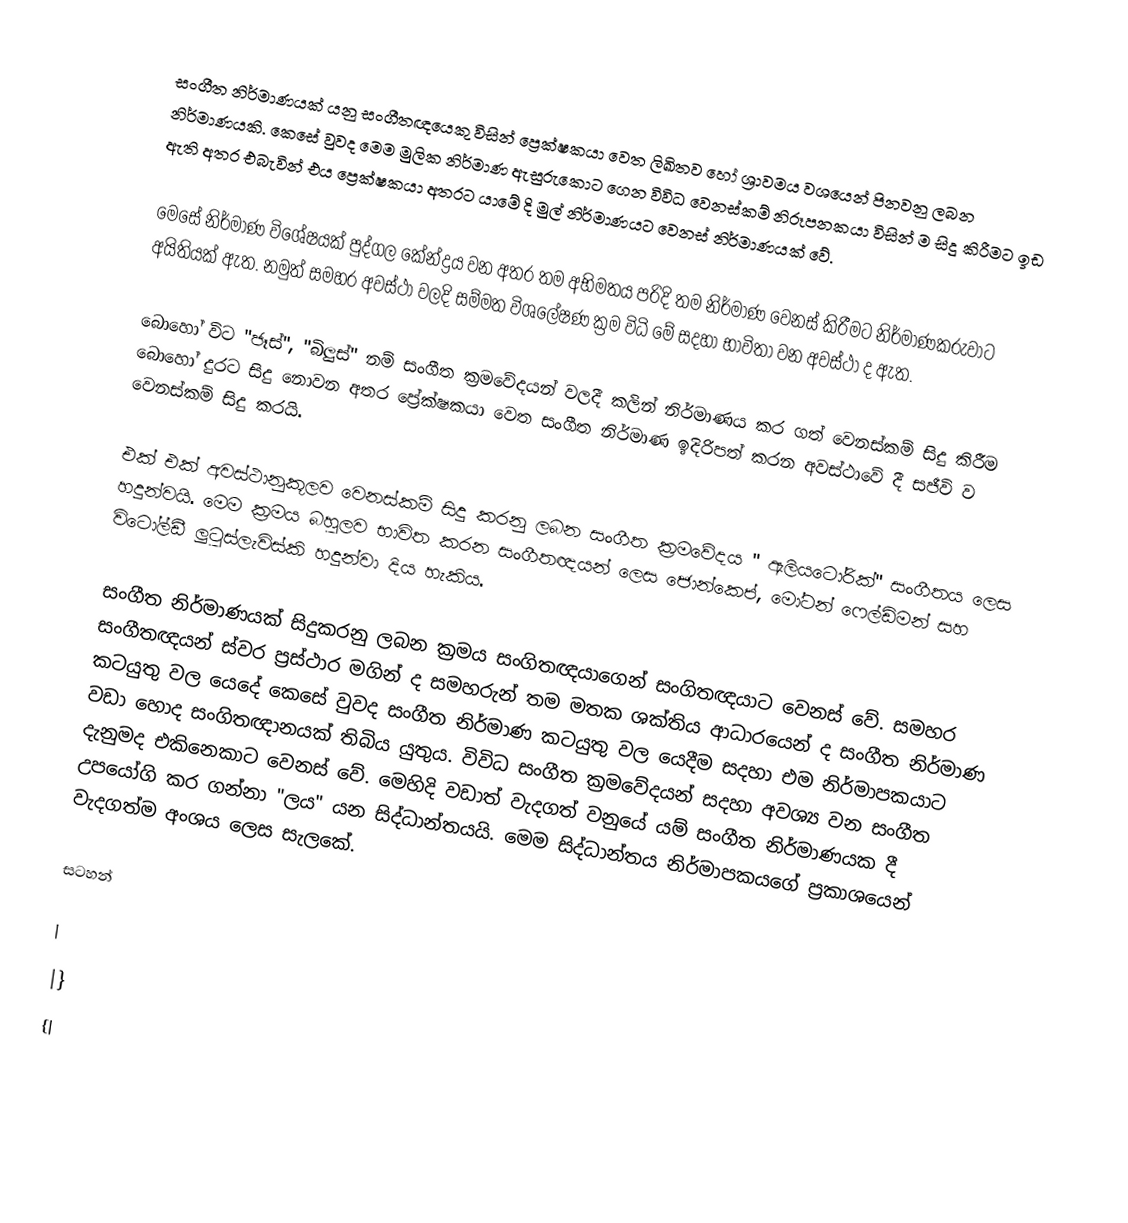
සංගීත නිර්මාණයක් යනු සංගීතඥයෙකු විසින් ප්‍රෙක්ෂකයා වෙත ලිඛිතව හෝ ශ්‍රාවමය වශයෙන් පිනවනු ලබන නිර්මාණයකි. කෙසේ වුවද මෙම මුලික නිර්මාණ ඇසුරුකොට ගෙන විවිධ වෙනස්කම් නිරූපනකයා විසින් ම සිදු කිරීමට ඉඩ ඇති අතර එබැවින් එය ප්‍රෙක්ෂකයා අතරට යාමේ දි මුල් නිර්මාණයට වෙනස් නිර්මාණයක් වේ.

මෙසේ නිර්මාණ විශේෂයක් පුද්ගල කේන්ද්‍රය වන අතර තම අභිමතය පරිදි තම නිර්මාණ වෙනස් කිරීමට නිර්මාණකරුවාට අයිතියක් ඇත. නමුත් සමහර අවස්ථා වලදි සම්මත විශලේෂණ ක්‍රම විධි මේ සදහා භාවිතා වන අවස්ථා ද ඇත.

බොහෝ විට "ජෑස්", "බිලුස්" නම් සංගීත ක්‍රමවේදයන් වලදී කලින් නිර්මාණය කර ගත් වෙනස්කම් සිදු කිරීම බොහෝ දුරට සිදු නොවන අතර ප්‍රේක්ෂකයා වෙත සංගීත නිර්මාණ ඉදිරිපත් කරන අවස්ථාවේ දී සජීවි ව වෙනස්කම් සිදු කරයි.

එක් එක් අවස්ථානුකූලව වෙනස්කම් සිදු කරනු ලබන සංගීත ක්‍රමවේදය " ඇලියටෝරික්" සංගීතය ලෙස හදුන්වයි. මෙම ක්‍රමය බහුලව භාවිත කරන සංගීතඥයන් ලෙස ජොන්කෙප්, මෝටන් ෆෙල්ඩිමන් සහ විටෝල්ඩී ලුටුස්ලැවිස්කි හදුන්වා දිය හැකිය.

සංගීත නිර්මාණයක් සිදුකරනු ලබන ක්‍රමය සංගිතඥයාගෙන් සංගිතඥයාට‍ වෙනස් වේ. සමහර සංගීතඥයන් ස්වර ප්‍රස්ථාර මගින් ද සමහරුන් තම මතක ශක්තිය ආධාරයෙන් ද සංගීත නිර්මාණ කටයුතු වල යෙදේ කෙසේ වුවද සංගීත නිර්මාණ කටයුතු වල යෙදීම සදහා එම නිර්මාපකයාට වඩා හොද සංගිතඥානයක් තිබිය යුතුය. විවිධ සංගීත ක්‍රමවේදයන් සදහා අවශ්‍ය වන සංගීත දැනුමද එකිනෙකාට වෙනස් වේ. මෙහිදි වඩාත් වැදගත් වනුයේ යම් සංගීත නිර්මාණයක දී උපයෝගි කර ගන්නා "ලය" යන සිද්ධාන්තයයි. මෙම සිද්ධාන්තය නිර්මාපකයගේ ප්‍රකාශයෙන් වැදගත්ම අංශය ලෙස සැලකේ.

සටහන්

|
|}
{|